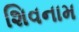
શિવનામ